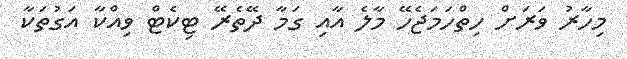
މިހާރު ވަރަށް ހިތްހަމަޖެހޭ މާލެ އާއި ގަމާ ދޭތެރޭ ޓިކެޓް ވިއްކާ އަގުތަކާ